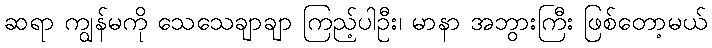
ဆရာ ကျွန်မကို သေသေချာချာ ကြည့်ပါဦး၊ မာနာ အဘွားကြီး ဖြစ်တော့မယ်